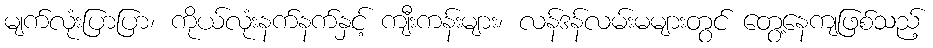
မျက်လုံးပြာပြာ၊ ကိုယ်လုံးနက်နက်နှင့် ကျီးကန်းများ၊ လန်ဒန်လမ်းမများတွင် တွေ့နေကျဖြစ်သည့်